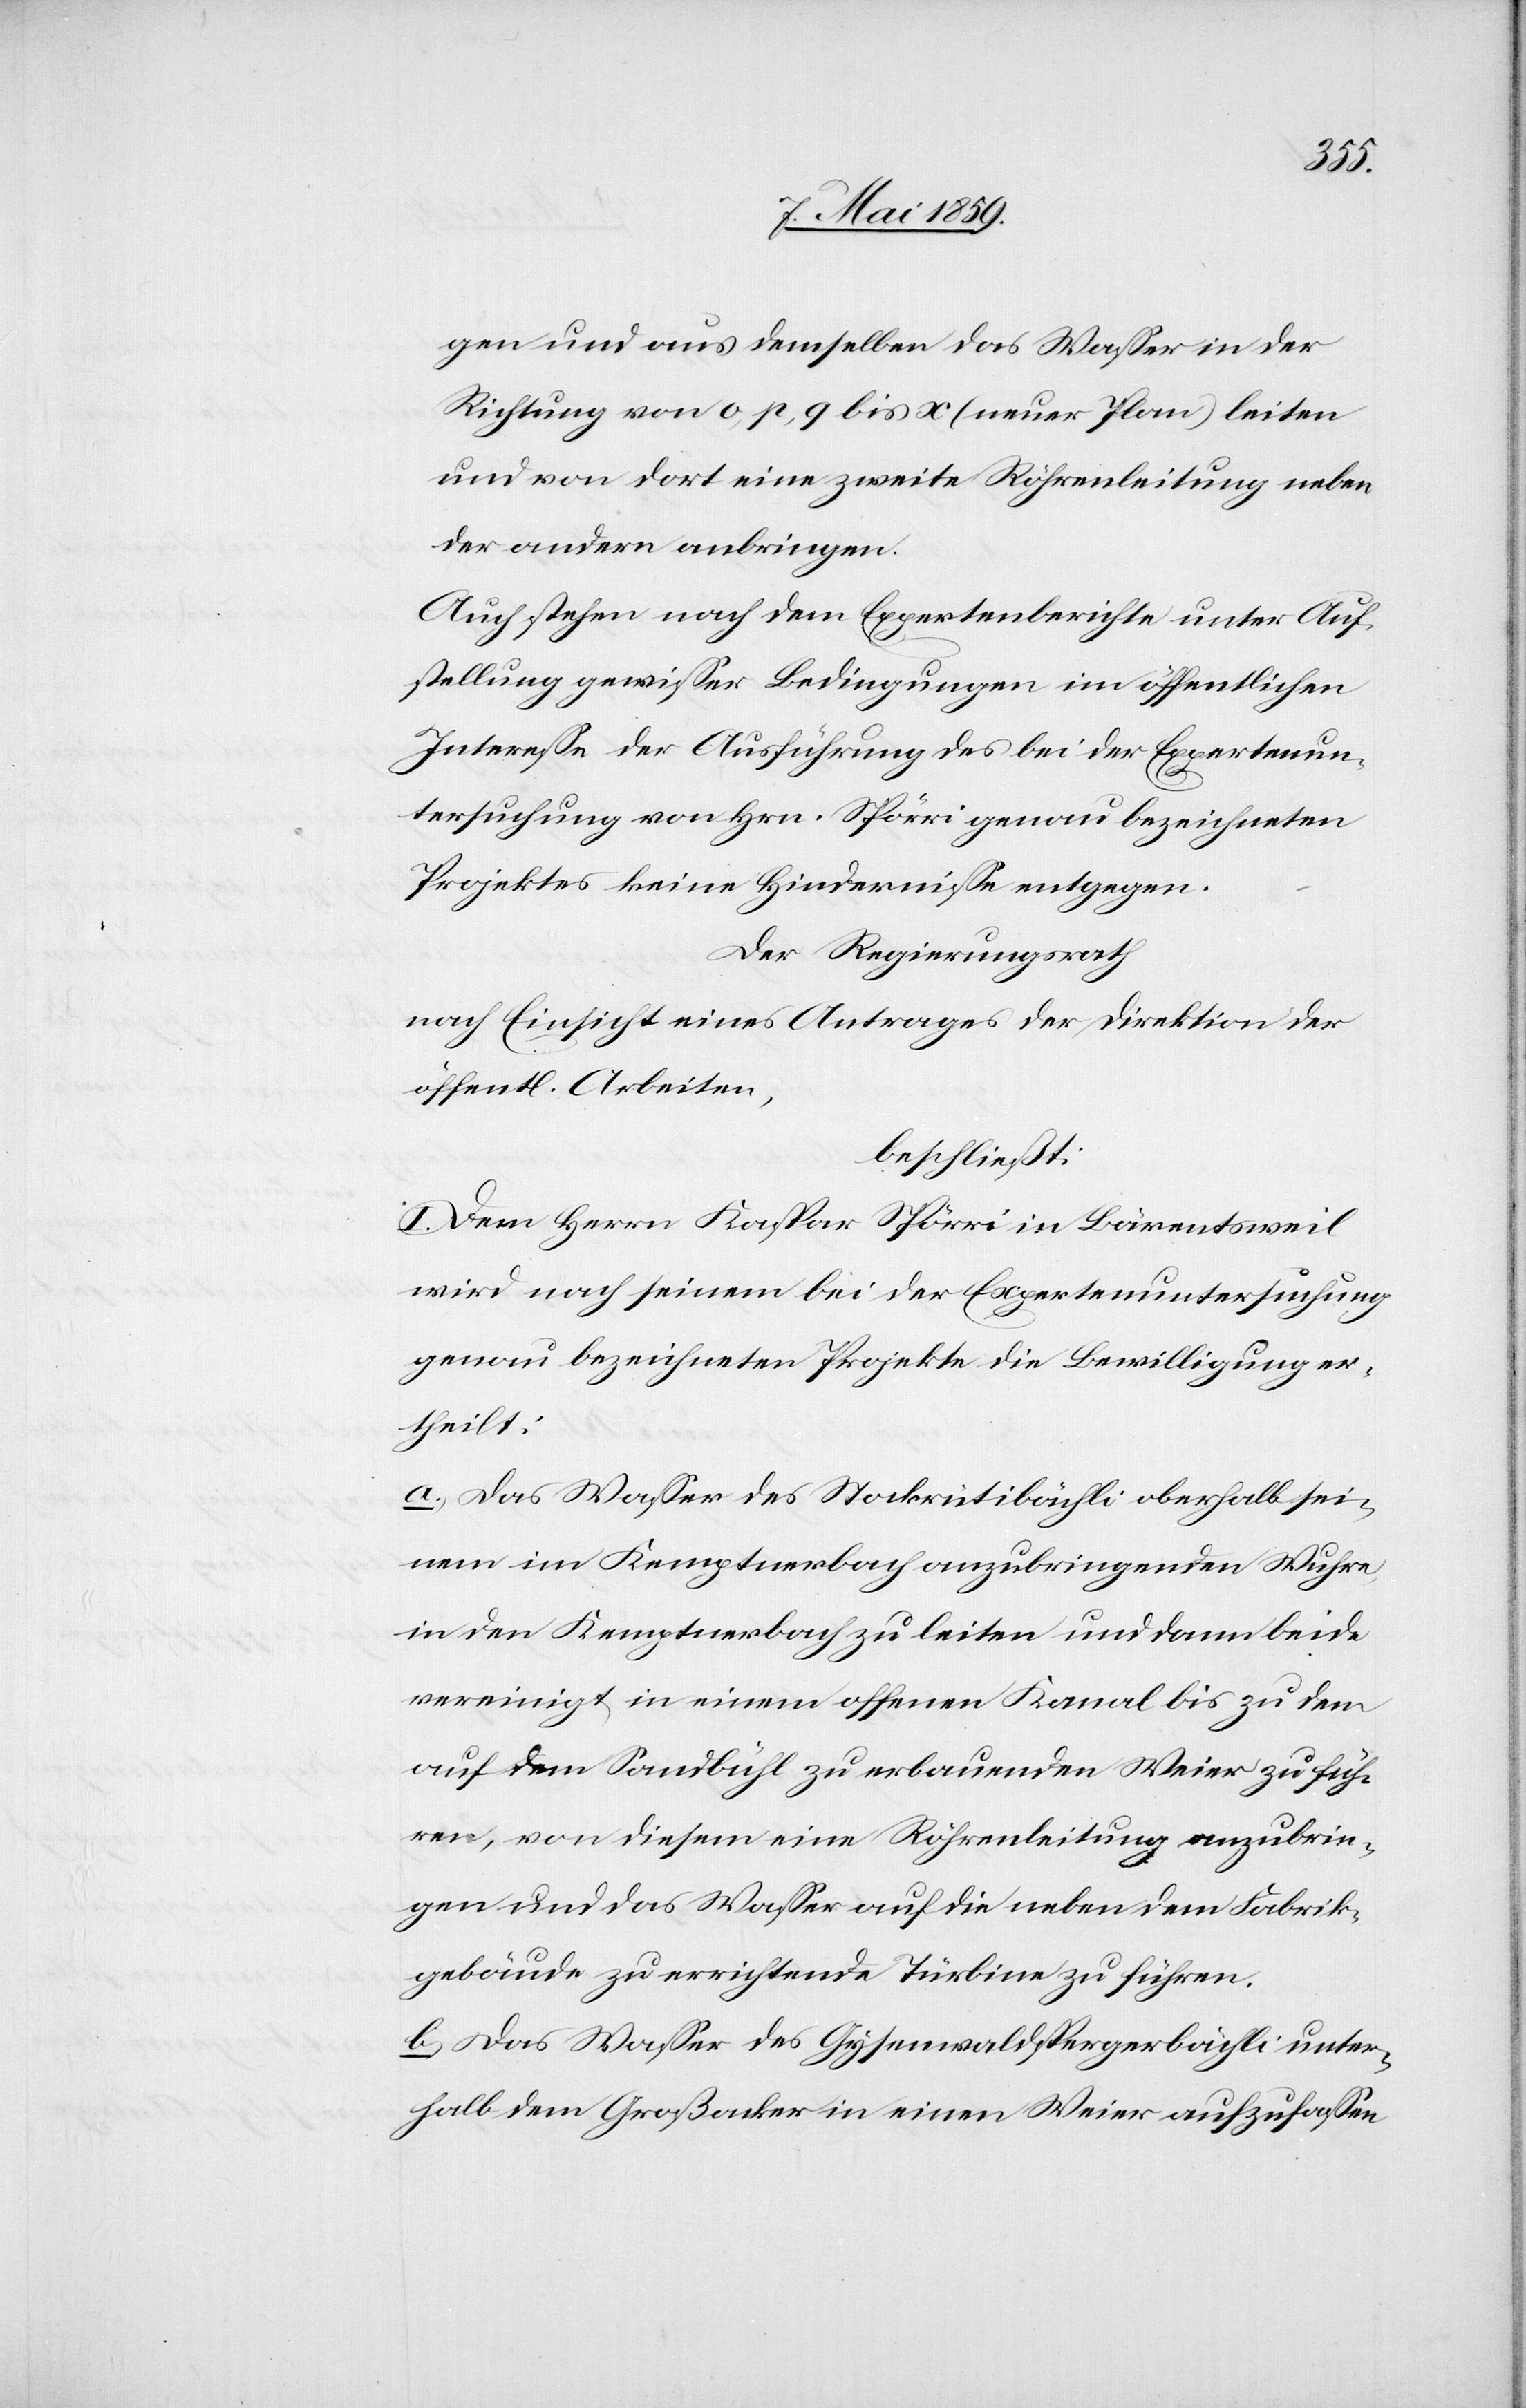
gen und aus demselben das Waßer in der
Richtung von o, p, q bis x (neuer Plan) leiten
und von dort eine zweite Röhrenleitung neben
der andern anbringen.
Auch stehen nach dem Expertenberichte unter Auf¬
stellung gewißer Bedingungen im öffentlichen
Intereße der Ausführung des bei der Expertenun¬
tersuchung von Hrn. Spörri genau bezeichneten
Projektes keine Hinderniße entgegen.
Der Regierungsrath
nach Einsicht eines Antrages der Direktion der
öffentl. Arbeiten,
beschließt:
I. Dem Herrn Kaspar Spörri in Bärentsweil
wird nach seinem bei der Expertenuntersuchung
genau bezeichneten Projekte die Bewilligung er¬
theilt:
a.) das Waßer des Stockrütibächli oberhalb sei¬
nem im Kemptnerbach anzubringenden Wuhre,
in den Kemptnerbach zu leiten und dann beide
vereinigt in einem offenen Kanal bis zu dem
auf dem Sandbühl zu erbauenden Weier zu füh¬
ren, von diesem eine Röhrenleitung anzubrin¬
gen und das Waßer auf die neben dem Fabrik¬
gebäude zu errichtende Türbine zu führen.
b) das Waßer des Gysenwaldspergerbächli unter¬
halb dem Großacker in einen Weier aufzufaßen